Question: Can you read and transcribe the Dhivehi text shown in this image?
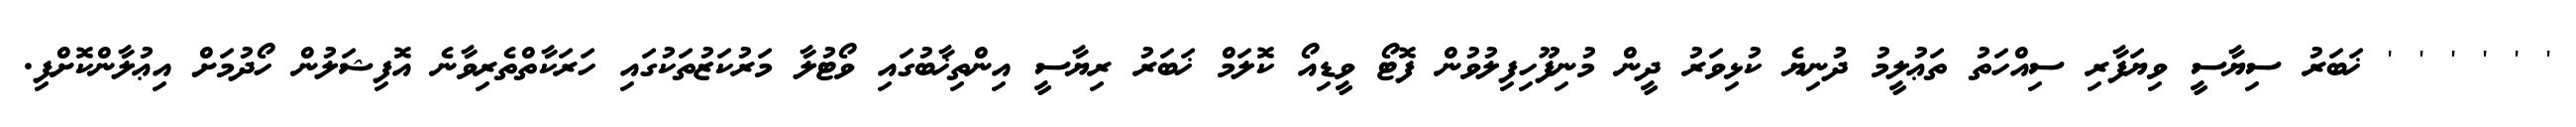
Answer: ' ' ' ' ' ' ޚަބަރު ސިޔާސީ ވިޔަފާރި ސިއްހަތު ތަޢުލީމު ދުނިޔެ ކުޅިވަރު ދީން މުނިފޫހިފިލުވުން ފޮޓޯ ވީޑިއޯ ކޮލަމް ޚަބަރު ރިޔާސީ އިންތިޚާބުގައި ވޯޓުލާ މަރުކަޒުތަކުގައި ހަރަކާތްތެރިވާނެ އޮފިޝަލުން ހޯދުމަށް އިޢުލާންކޮށްފި.